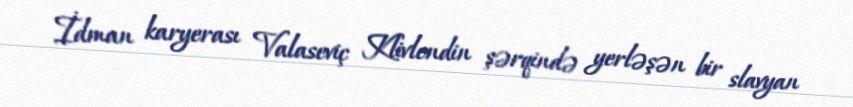
İdman karyerası Valaseviç Klivlendin şərqində yerləşən bir slavyan